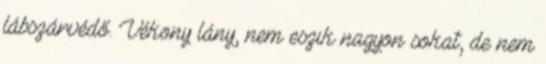
lábszárvédő. Vékony lány, nem eszik nagyon sokat, de nem